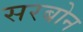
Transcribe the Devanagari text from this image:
सरबोन